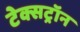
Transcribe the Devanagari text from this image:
टेक्सट्रॉन